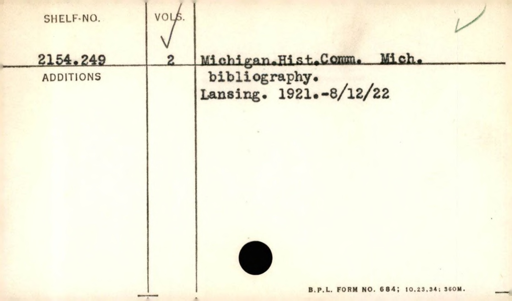
Label: content